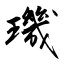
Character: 璣